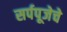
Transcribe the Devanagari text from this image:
सर्पपूजेचे